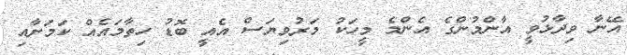
އޭނާ ވިދާޅުވީ އާންމުންގެ އެންމެ މީހަކު މަރުވިޔަސް އެއީ ބޮޑު ހިތާމައެއް ކަމަށާއި